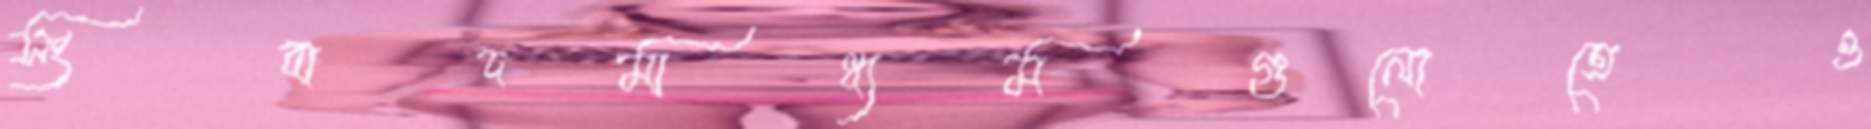
সংবাদমাধ্যমগুলোতেও